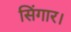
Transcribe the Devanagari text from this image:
सिंगार।